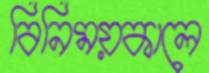
বিনিময়কালে